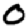
Digit: 0